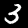
Label: 3